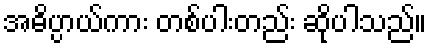
အဓိပ္ပာယ်ကား တစ်ပါးတည်း ဆိုပါသည်။